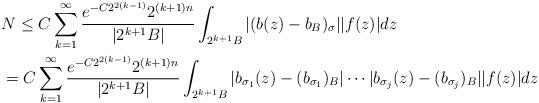
LaTeX: \begin{align*}&N\leq C\sum\limits_{k=1}^{\infty}\frac{e^{-C2^{2(k-1)}}2^{(k+1)n}}{|2^{k+1}B|}\int_{2^{k+1}B}|(b(z)-b_B)_{\sigma}||f(z)|dz\\&=C\sum\limits_{k=1}^{\infty}\frac{e^{-C2^{2(k-1)}}2^{(k+1)n}}{|2^{k+1}B|}\int_{2^{k+1}B}|b_{\sigma_1}(z)-(b_{\sigma_1})_B|\cdots|b_{\sigma_j}(z)-(b_{\sigma_j})_B||f(z)|dz\end{align*}